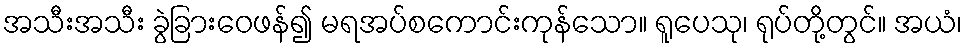
အသီးအသီး ခွဲခြားဝေဖန်၍ မရအပ်စကောင်းကုန်သော။ ရူပေသု၊ ရုပ်တို့တွင်။ အယံ၊